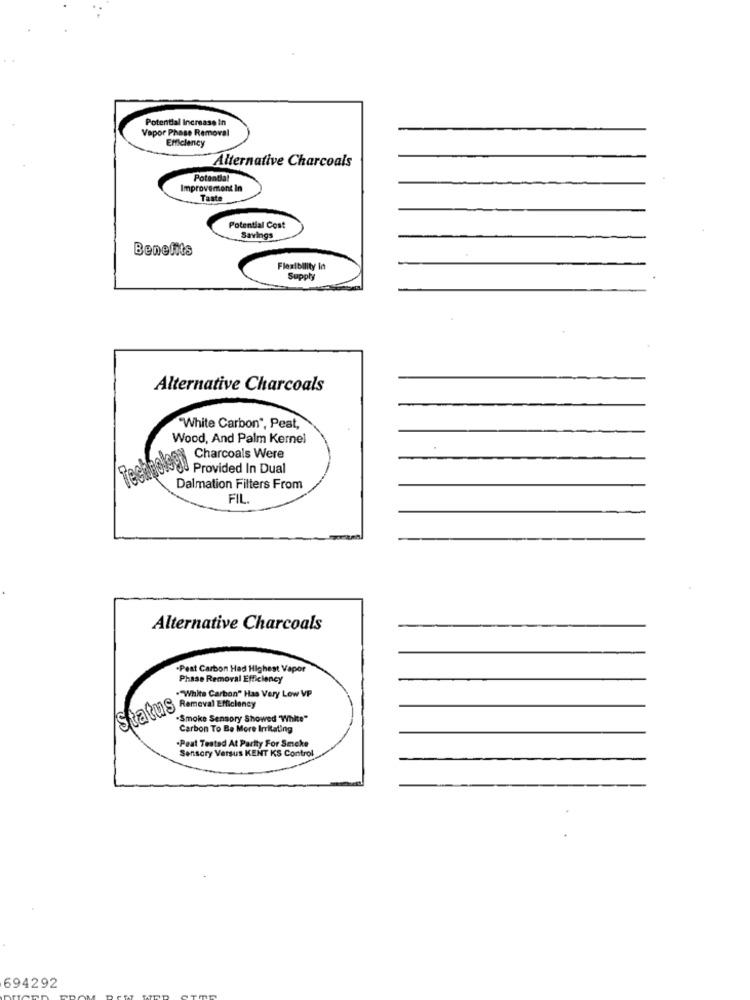
Potential Increase In
Vapor Phase Removal
Efficiency
Alternative Charcoals
Potential
Improvement In
Tante
Potential Cost
Savings
Benefits
Flexibility In
Supply
Alternative Charcoals
"White Carbon", Peat,
Wood, And Palm Kernel
Charcoals Were
aBolsos Provided In Dual
Dalmation Filters From
FIL.
Alternative Charcoals
-Peat Carbon Had Highest Vapor
Phase Removal Efficiency
"White Carbon" Has Very Low VP
Status Remeval Efficiency
Smoke Sensory Showed "White"
Carbon To Be More Irritating
.Peut Tested At Parity For Smoke
Sensory Versus KENT KS Control
694292